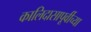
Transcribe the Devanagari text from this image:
कालिदासापूर्वीच्या